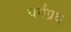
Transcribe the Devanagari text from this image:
धर्मंग्रथ